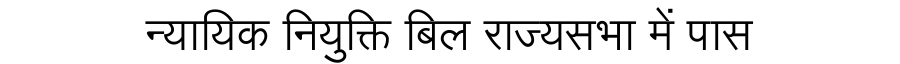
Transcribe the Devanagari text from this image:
न्यायिक नियुक्ति बिल राज्यसभा में पास